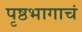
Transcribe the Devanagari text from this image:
पृष्ठभागाचं